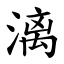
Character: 漓